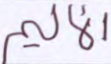
الأليم